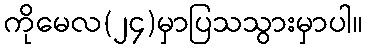
ကိုမေလ(၂၄)မှာပြသသွားမှာပါ။